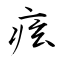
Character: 痃